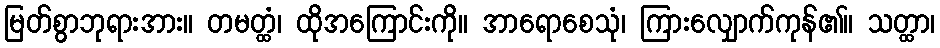
မြတ်စွာဘုရားအား။ တမတ္ထံ၊ ထိုအကြောင်းကို။ အာရောစေသုံ၊ ကြားလျှောက်ကုန်၏။ သတ္ထာ၊